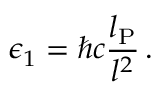
\epsilon _ { 1 } = \hbar c \frac { l _ { \mathrm { P } } } { l ^ { 2 } } \, .